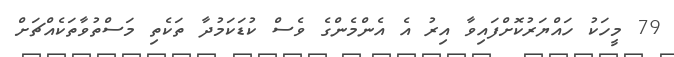
79 މީހަކު ހައްޔަރުކޮށްފައިވާ އިރު އެ އެންމެންގެ ވެސް ކުޑަކަމުދާ ތަކެތި މަސްތުވާތަކެއްޗަށް